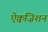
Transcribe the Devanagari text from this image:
ऐक्वज़िशन